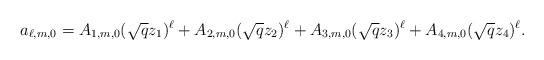
LaTeX: \begin{align*} a_{\ell,m,0}=A_{1,m,0}(\sqrt{q}z_1)^\ell+A_{2,m,0}(\sqrt{q}z_2)^\ell+A_{3,m,0}(\sqrt{q}z_3)^\ell+A_{4,m,0}(\sqrt{q}z_4)^\ell. \end{align*}